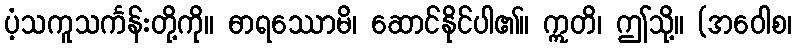
ပံ့သကူသင်္ကန်းတို့ကို။ ဓာရဿောမိ၊ ဆောင်နိုင်ပါ၏။ ဣတိ၊ ဤသို့။ (အဝေါစ၊